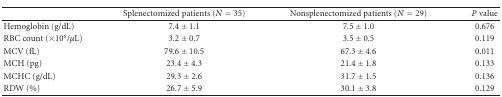
<table><thead><tr><td><b> </b></td><td><b>Splenectomized patients (<i>N</i> = 35)</b></td><td><b>Nonsplenectomized patients (<i>N</i> = 29)</b></td><td><b><i>P</i> value</b></td></tr></thead><tbody><tr><td>Hemoglobin (g/dL)</td><td>7.4 ± 1.1</td><td>7.5 ± 1.0</td><td>0.676</td></tr><tr><td>RBC count (×10<sup>6</sup>/<i>μ</i>L)</td><td>3.2 ± 0.7</td><td>3.5 ± 0.5</td><td>0.119</td></tr><tr><td>MCV (fL)</td><td>79.6 ± 10.5</td><td>67.3 ± 4.6</td><td>0.011</td></tr><tr><td>MCH (pg)</td><td>23.4 ± 4.3</td><td>21.4 ± 1.8</td><td>0.133</td></tr><tr><td>MCHC (g/dL)</td><td>29.3 ± 2.6</td><td>31.7 ± 1.5</td><td>0.136</td></tr><tr><td>RDW (%)</td><td>26.7 ± 5.9</td><td>30.1 ± 3.8</td><td>0.129</td></tr></tbody></table>